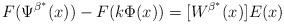
LaTeX: \begin{align*}F( \Psi^{\beta^*}(x))-F(k \Phi(x))= [W^{\beta^*}(x)]E(x)\end{align*}